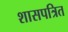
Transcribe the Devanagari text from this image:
शासपत्रित